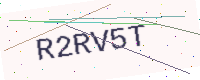
Text: R2RV5T